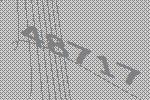
48717